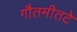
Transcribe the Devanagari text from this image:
गौतमीतटे